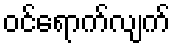
ဝင်ရောက်လျက်